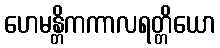
ဟေမန္တိကကာလရတ္တိယော